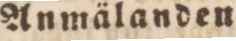
Anmälanden.